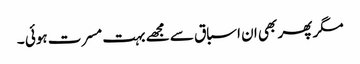
مگر پھر بھی ان اسباق سے مجھے بہت مسرت ہوئی ۔